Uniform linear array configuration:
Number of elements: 48
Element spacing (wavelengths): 0.75
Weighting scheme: hann
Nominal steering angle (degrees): -45
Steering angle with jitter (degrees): -44.981
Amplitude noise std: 0.05
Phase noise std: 0.05

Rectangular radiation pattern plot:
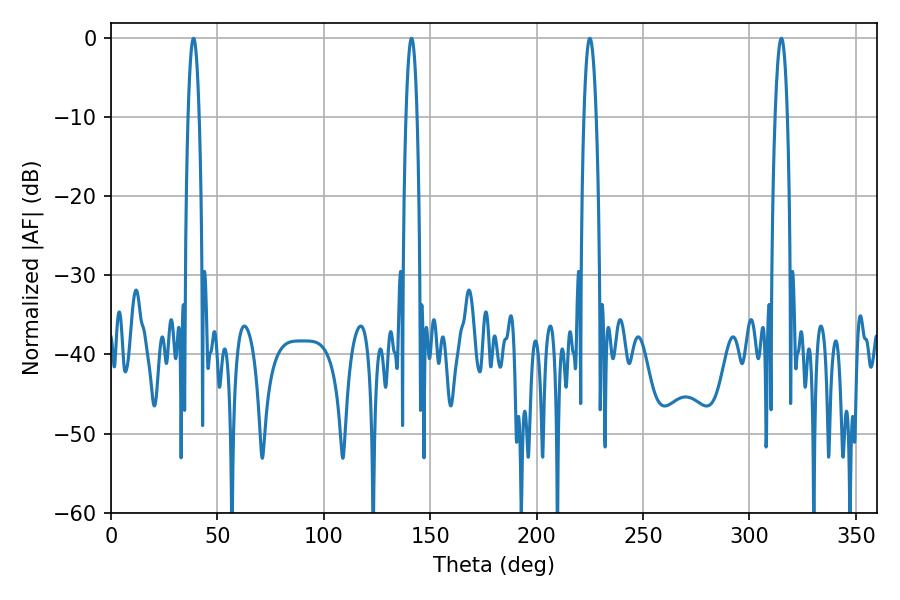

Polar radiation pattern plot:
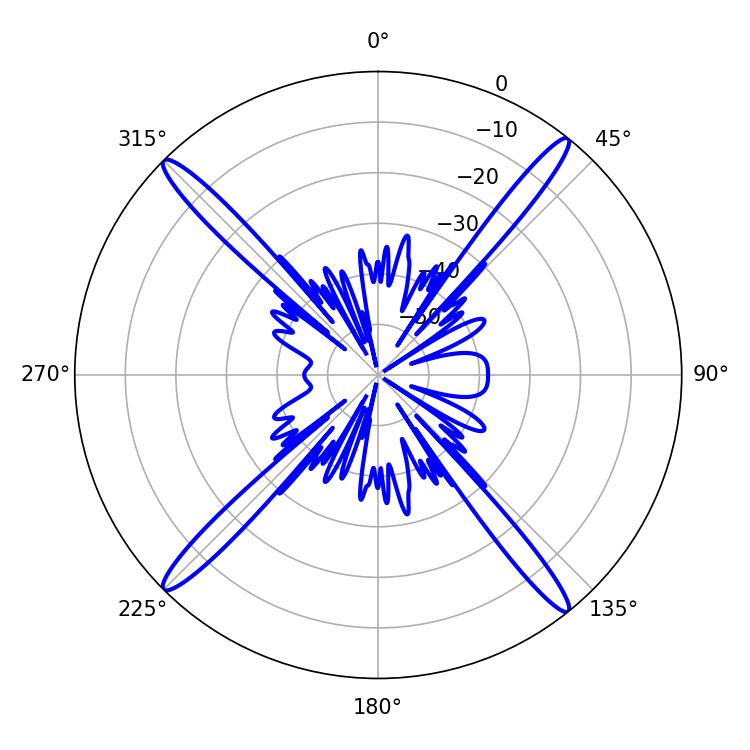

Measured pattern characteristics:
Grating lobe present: TRUE
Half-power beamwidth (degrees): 3.24
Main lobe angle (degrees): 225